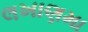
લખાણમા